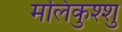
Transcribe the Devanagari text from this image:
मलिकुश्शु